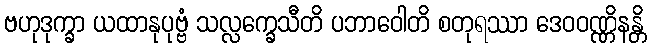
ဗဟုဒုက္ခာ ယထာနုပုဗ္ဗံ သလ္လက္ခေသီတိ ပဘာဝေါတိ စတုရဿာ ဒေဝဝဏ္ဏိနန္တိ